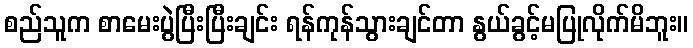
စည်သူက စာမေးပွဲပြီးပြီးချင်း ရန်ကုန်သွားချင်တာ နွယ်ခွင့်မပြုလိုက်မိဘူး။